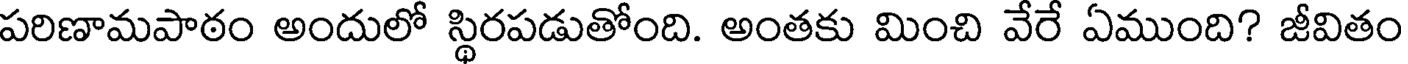
పరిణామపాఠం అందులో స్థిరపడుతోంది. అంతకు మించి వేరే ఏముంది? జీవితం